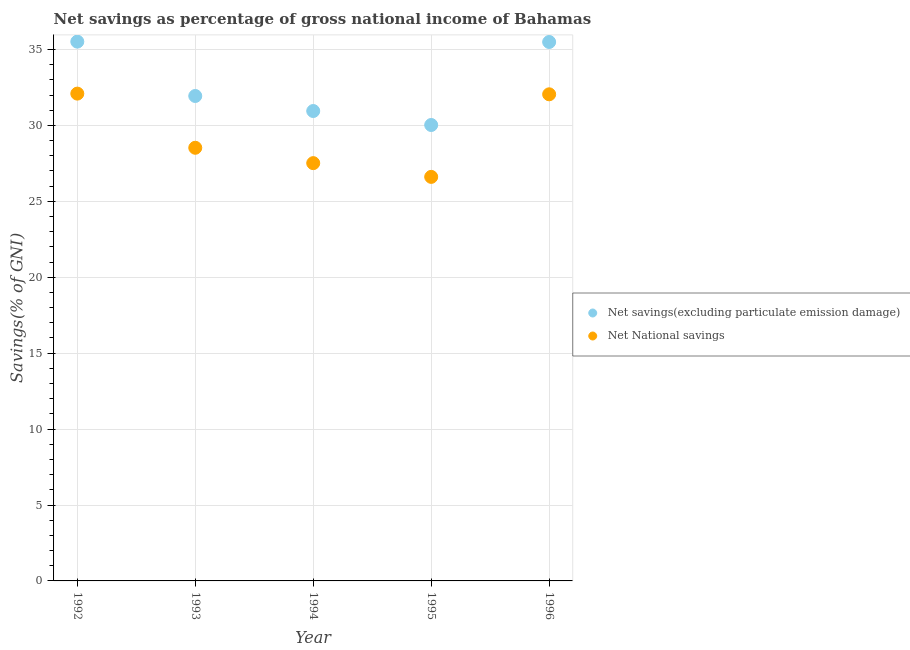
| Year | Net savings(excluding particulate emission damage) | Net National savings |
 | --- | --- | --- |
 | 1992 | 35.5 | 32.1 |
 | 1993 | 31.9 | 28.5 |
 | 1994 | 30.9 | 27.5 |
 | 1995 | 30 | 26.6 |
 | 1996 | 35.5 | 32 |